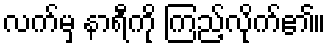
လက်မှ နာရီကို ကြည့်လိုက်၏။